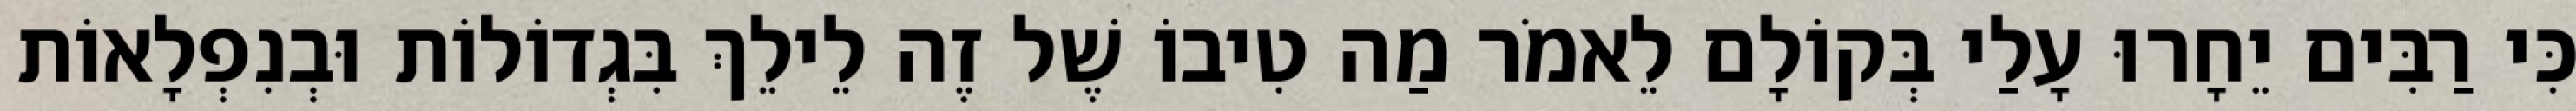
כִּי רַבִּים יֵחָרוּ עָלַי בְּקוֹלָם לֵאמֹר מַה טִיבוֹ שֶׁל זֶה לֵילֵךְ בִּגְדוֹלוֹת וּבְנִפְלָאוֹת